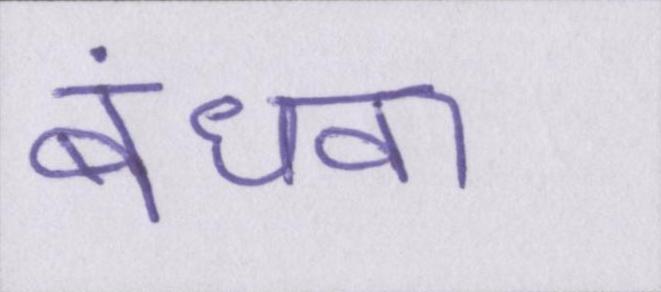
बंधवा